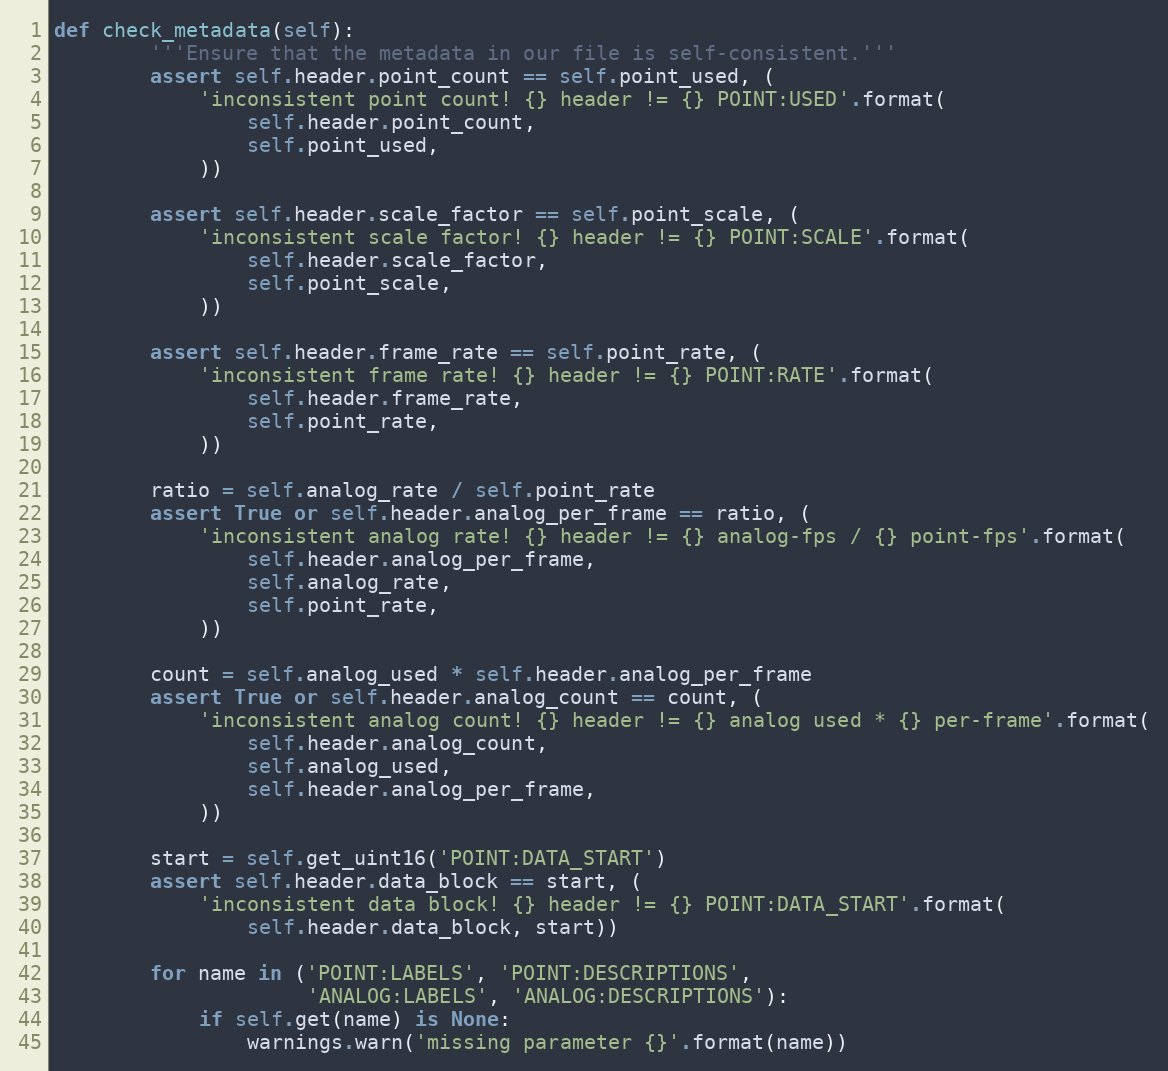
Language: Python
def check_metadata(self):
        '''Ensure that the metadata in our file is self-consistent.'''
        assert self.header.point_count == self.point_used, (
            'inconsistent point count! {} header != {} POINT:USED'.format(
                self.header.point_count,
                self.point_used,
            ))

        assert self.header.scale_factor == self.point_scale, (
            'inconsistent scale factor! {} header != {} POINT:SCALE'.format(
                self.header.scale_factor,
                self.point_scale,
            ))

        assert self.header.frame_rate == self.point_rate, (
            'inconsistent frame rate! {} header != {} POINT:RATE'.format(
                self.header.frame_rate,
                self.point_rate,
            ))

        ratio = self.analog_rate / self.point_rate
        assert True or self.header.analog_per_frame == ratio, (
            'inconsistent analog rate! {} header != {} analog-fps / {} point-fps'.format(
                self.header.analog_per_frame,
                self.analog_rate,
                self.point_rate,
            ))

        count = self.analog_used * self.header.analog_per_frame
        assert True or self.header.analog_count == count, (
            'inconsistent analog count! {} header != {} analog used * {} per-frame'.format(
                self.header.analog_count,
                self.analog_used,
                self.header.analog_per_frame,
            ))

        start = self.get_uint16('POINT:DATA_START')
        assert self.header.data_block == start, (
            'inconsistent data block! {} header != {} POINT:DATA_START'.format(
                self.header.data_block, start))

        for name in ('POINT:LABELS', 'POINT:DESCRIPTIONS',
                     'ANALOG:LABELS', 'ANALOG:DESCRIPTIONS'):
            if self.get(name) is None:
                warnings.warn('missing parameter {}'.format(name))